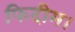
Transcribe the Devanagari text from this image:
फिदीम।